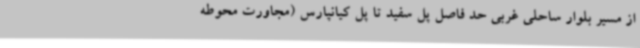
از مسیر بلوار ساحلی غربی حد فاصل پل سفید تا پل کیانپارس (مجاورت محوطه